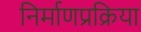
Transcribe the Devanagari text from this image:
निर्माणप्रक्रिया